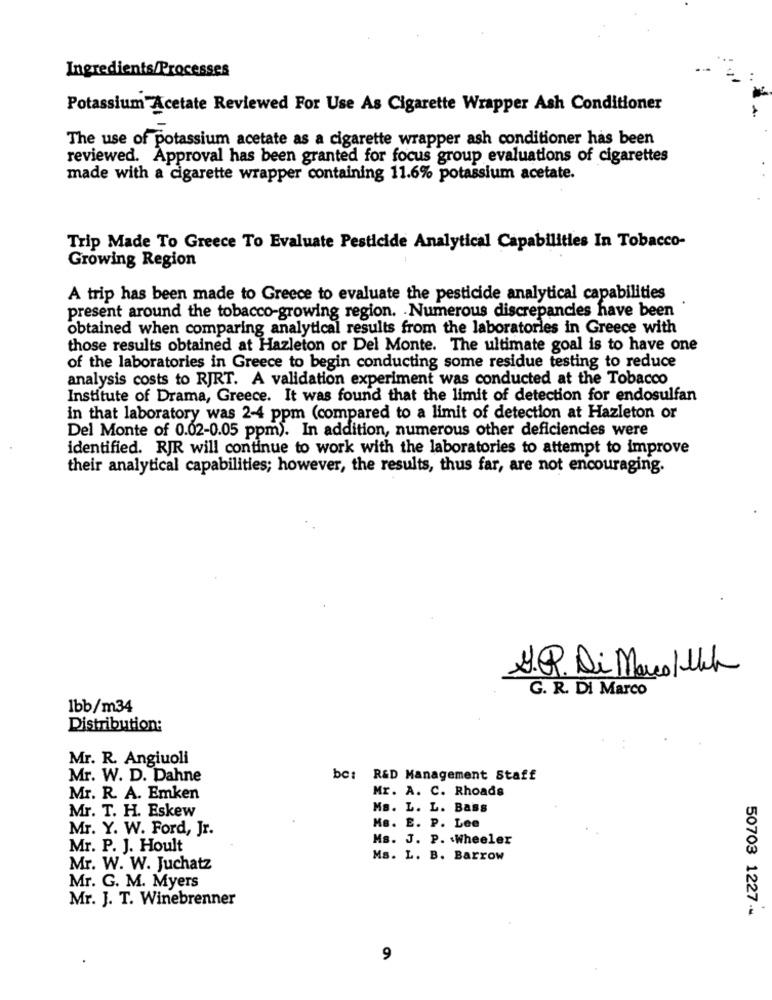
Ingredients/Processes
Potassium Acetate Reviewed For Use As Cigarette Wrapper Ash Conditioner
The use of potassium acetate as a cigarette wrapper ash conditioner has been
reviewed. Approval has been granted for focus group evaluations of cigarettes
made with a cigarette wrapper containing 11.6% potassium acetate.
Trip Made To Greece To Evaluate Pesticide Analytical Capabilities In Tobacco-
Growing Region
A trip has been made to Greece to evaluate the pesticide analytical capabilities
present around the tobacco-growing region. Numerous discrepancies have been
obtained when comparing analytical results from the laboratories in Greece with
those results obtained at Hazleton or Del Monte. The ultimate goal is to have one
of the laboratories in Greece to begin conducting some residue testing to reduce
analysis costs to RJRT. A validation experiment was conducted at the Tobacco
Institute of Drama, Greece. It was found that the limit of detection for endosulfan
in that laboratory was 2-4 ppm (compared to a limit of detection at Hazleton or
Del Monte of 0.02-0.05 ppm). In addition, numerous other deficiencies were
identified. RJR will continue to work with the laboratories to attempt to improve
their analytical capabilities; however, the results, thus far, are not encouraging.
S.P. Di Marco/Ukh
G. R. Di Marco
1bb/m34
Distribution:
Mr. R. Angiuoli
Mr. W. D. Dahne
bc: R&D Management Staff
Mr. A. C. Rhoads
Mr. R. A. Emken
Mr. T. H. Eskew
Ms. L. L. Bass
Mr. Y. W. Ford, Jr.
Ms. E. P. Lee
Ms. J. P. Wheeler
Mr. P. J. Hoult
Ms. L. B. Barrow
Mr. W. W. Juchatz
Mr. G. M. Myers
Mr. J. T. Winebrenner
50703 1227-
9